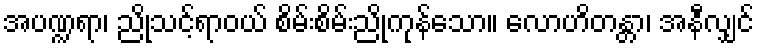
အပဏ္ဍရာ၊ ညိုသင့်ရာဝယ် စိမ်းစိမ်းညိုကုန်သော။ လောဟိတန္တာ၊ အနီလျှင်